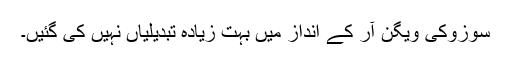
سوزوکی ویگن آر کے انداز میں بہت زیادہ تبدیلیاں نہیں کی گئیں۔